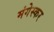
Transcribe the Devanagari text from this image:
मंगेस्कर